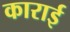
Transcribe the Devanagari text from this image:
काराई